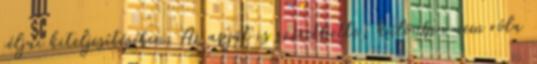
céljai kiteljesítésében. Az apját is szerethette, különben nem róla